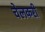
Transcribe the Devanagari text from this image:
चेलकरी